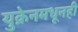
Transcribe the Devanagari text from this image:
युक्रेनमधूनही